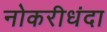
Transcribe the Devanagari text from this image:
नोकरीधंदा